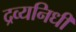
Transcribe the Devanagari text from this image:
द्रव्यनिधी